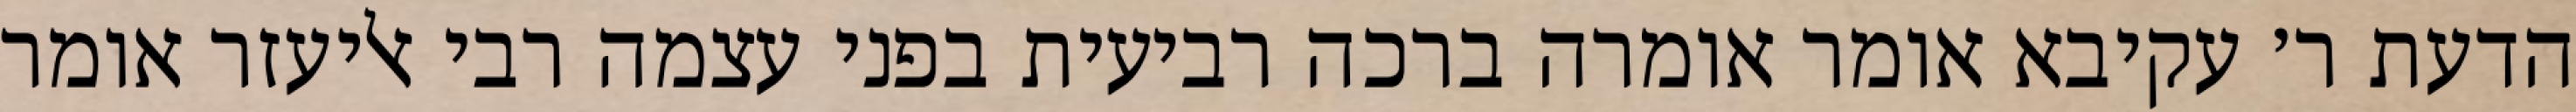
הדעת ר׳ עקיבא אומר אומרה ברכה רביעית בפני עצמה רבי אליעזר אומר